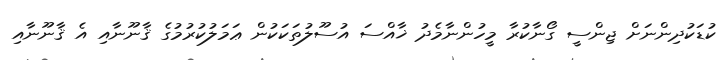
ކުޑަކުދިންނަށް ޖިންސީ ގޯނާކުރާ މީހުންނާމެދު ޚާއްސަ އުސޫލުތަކަކުން ޢަމަލުކުރުމުގެ ޤާނޫނާއި އެ ޤާނޫނާއި